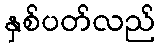
နှစ်ပတ်လည်